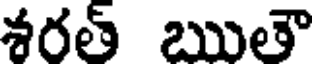
శరత్ ఋతౌ